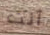
أنت